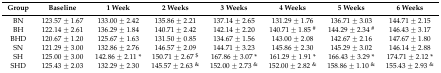
<table><thead><tr><td><b>Group</b></td><td><b>Baseline</b></td><td><b>1 Week</b></td><td><b>2 Weeks</b></td><td><b>3 Weeks</b></td><td><b>4 Weeks</b></td><td><b>5 Weeks</b></td><td><b>6 Weeks</b></td></tr></thead><tbody><tr><td>BN</td><td>123.57 ± 1.67</td><td>133.00 ± 2.42</td><td>135.86 ± 2.21</td><td>137.14 ± 2.65</td><td>131.29 ± 1.76</td><td>136.71 ± 3.03</td><td>144.71 ± 2.15</td></tr><tr><td>BH</td><td>122.14 ± 2.61</td><td>136.29 ± 1.84</td><td>140.71 ± 2.42</td><td>142.14 ± 2.20</td><td>140.71 ± 1.85 <sup>#</sup></td><td>144.29 ± 2.34 <sup>#</sup></td><td>146.43 ± 3.17</td></tr><tr><td>BHD</td><td>120.67 ± 1.20</td><td>125.67 ± 1.63</td><td>131.50 ± 0.85</td><td>134.67 ± 1.56</td><td>143.00 ± 2.08</td><td>142.67 ± 2.16</td><td>147.67 ± 1.80</td></tr><tr><td>SN</td><td>121.29 ± 3.00</td><td>132.86 ± 2.76</td><td>146.57 ± 2.09</td><td>144.71 ± 3.23</td><td>145.86 ± 2.30</td><td>145.29 ± 3.02</td><td>146.14 ± 2.88</td></tr><tr><td>SH</td><td>125.00 ± 3.00</td><td>142.86 ± 2.11 *</td><td>150.71 ± 2.67 <sup>$</sup></td><td>167.86 ± 3.07 *</td><td>161.29 ± 1.91 *</td><td>166.43 ± 3.29 *</td><td>174.71 ± 2.12 *</td></tr><tr><td>SHD</td><td>125.43 ± 2.03</td><td>132.29 ± 2.30</td><td>145.57 ± 2.63 <sup>&amp;</sup></td><td>152.00 ± 2.73 <sup>&amp;</sup></td><td>152.00 ± 2.82 <sup>&amp;</sup></td><td>158.86 ± 1.10 <sup>&amp;</sup></td><td>155.43 ± 2.93 <sup>&amp;</sup></td></tr></tbody></table>